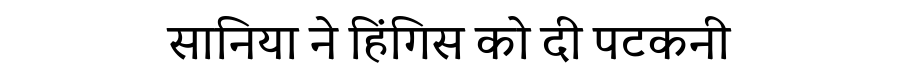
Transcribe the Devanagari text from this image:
सानिया ने हिंगिस को दी पटकनी